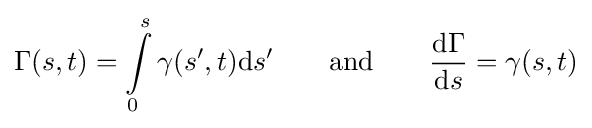
\Gamma (s,t)=\int \limits _{0}^{s}\gamma (s',t)\mathrm {d} s'\qquad \mathrm {and} \qquad {\frac {\mathrm {d} \Gamma }{\mathrm {d} s}}=\gamma (s,t)